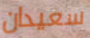
سعيدان